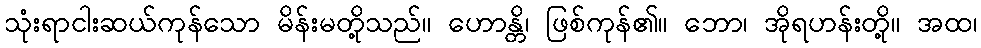
သုံးရာငါးဆယ်ကုန်သော မိန်းမတို့သည်။ ဟောန္တိ၊ ဖြစ်ကုန်၏။ ဘော၊ အိုရဟန်းတို့။ အထ၊